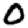
Digit: 0